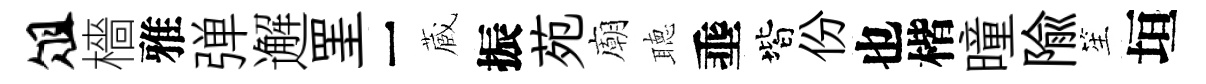
俎檣雅弹邂罣一蔵振苑廟聴埀階份也楷曈隃笙垣